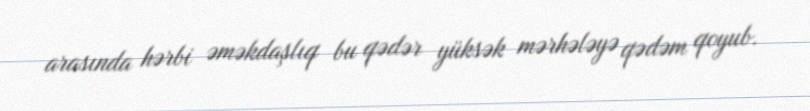
arasında hərbi əməkdaşlıq bu qədər yüksək mərhələyə qədəm qoyub.